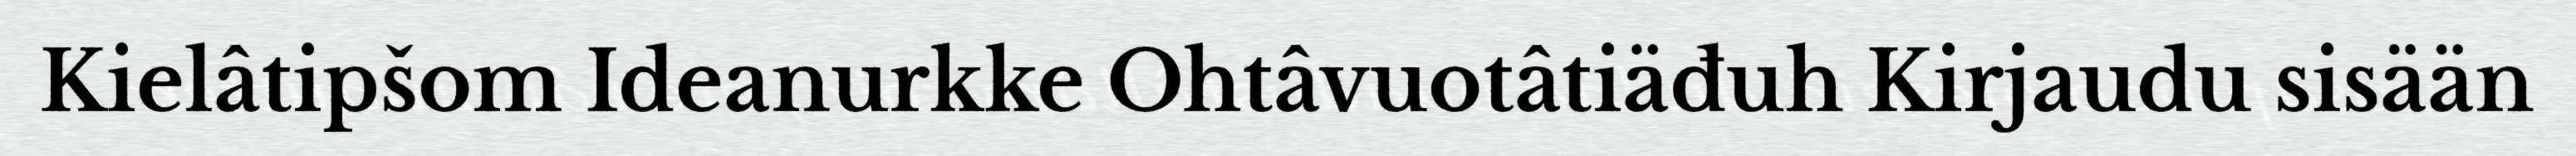
Kielâtipšom Ideanurkke Ohtâvuotâtiäđuh Kirjaudu sisään